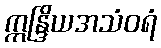
ဣန္ဒြိယအသံဝရံ